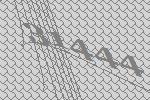
31444